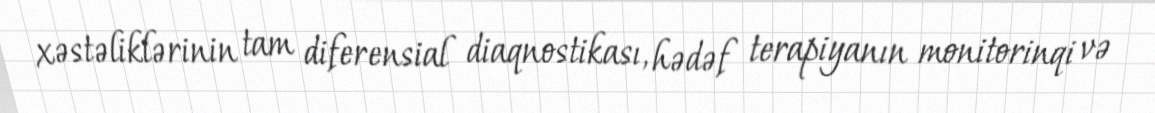
xəstəliklərinin tam diferensial diaqnostikası, hədəf terapiyanın monitorinqi və